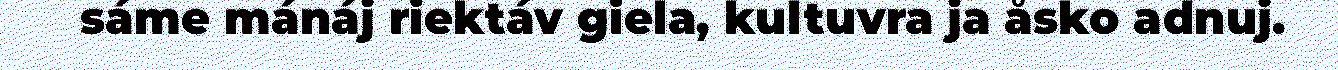
sáme mánáj riektáv giela, kultuvra ja åsko adnuj.